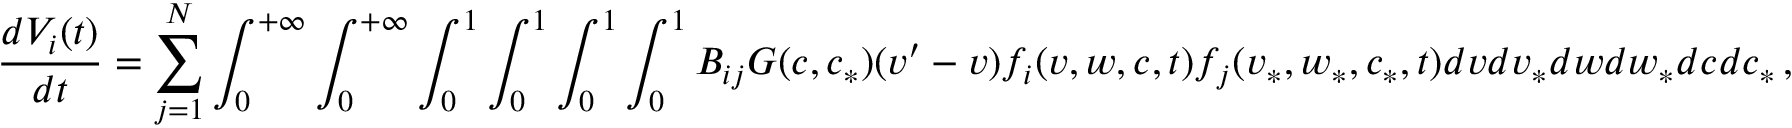
\frac { d V _ { i } ( t ) } { d t } = \sum _ { j = 1 } ^ { N } \int _ { 0 } ^ { + \infty } \int _ { 0 } ^ { + \infty } \int _ { 0 } ^ { 1 } \int _ { 0 } ^ { 1 } \int _ { 0 } ^ { 1 } \int _ { 0 } ^ { 1 } B _ { i j } G ( c , c _ { * } ) ( v ^ { \prime } - v ) f _ { i } ( v , w , c , t ) f _ { j } ( v _ { * } , w _ { * } , c _ { * } , t ) d v d v _ { * } d w d w _ { * } d c d c _ { * } \, ,